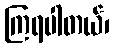
ကြရပါတယ်၊